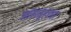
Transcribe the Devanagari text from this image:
उद्योगसूहाचा